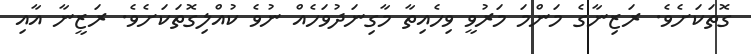
ގޮތަކަށެވެ. ރަޒިނާގެ މަންމަ މަރުވީ ވިހެއިތާ މާގިނަދުވަހެއް ނުވެ ކުއްލިގޮތަކަށެވެ. ރަޒީނާ އާއި